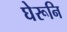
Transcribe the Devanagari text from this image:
घेरूनि